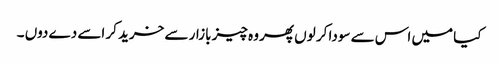
کیا میں اس سے سودا کر لوں پھر وہ چیز بازار سے خرید کر اسے دے دوں ۔